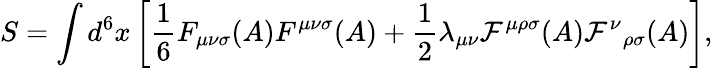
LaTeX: S=\int d^{6}x\left[{\frac 16}F_{{\mu}{\nu}{\sigma}}(A)F^{{\mu}{\nu}{\sigma}}(A)+{\frac 12}{\lambda}_{{\mu}{\nu}}{\cal F}^{{\mu}{\rho}{\sigma}}(A){{\cal F}^{\nu}}_{{\rho}{\sigma}}(A)\right],